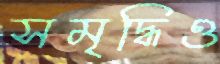
সমৃদ্ধিও